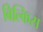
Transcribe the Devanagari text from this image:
बिल्किस